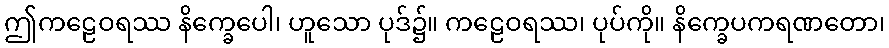
ဤကဠေဝရဿ နိက္ခေပေါ၊ ဟူသော ပုဒ်၌။ ကဠေဝရဿ၊ ပုပ်ကို။ နိက္ခေပကရဏတော၊